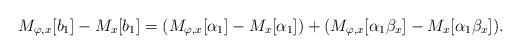
LaTeX: \begin{align*}M_{\varphi, x}[b_1]-M_x[b_1]=(M_{\varphi, x}[\alpha_1]-M_x[\alpha_1])+(M_{\varphi, x}[\alpha_1\beta_x]-M_x[\alpha_1\beta_x]).\end{align*}